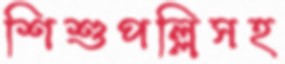
শিশুপল্লিসহ